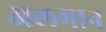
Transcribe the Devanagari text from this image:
अलमान